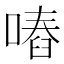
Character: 𠽅